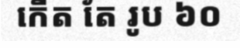
កើត តែ រូប ៦០